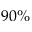
9 0 \%